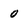
Character: 0